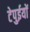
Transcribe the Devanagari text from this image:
टेपुईयों